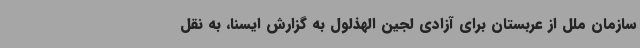
سازمان ملل از عربستان برای آزادی لجین الهذلول به گزارش ایسنا، به نقل